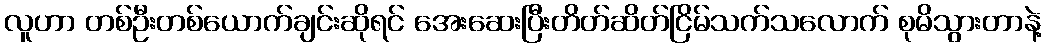
လူဟာ တစ်ဦးတစ်ယောက်ချင်းဆိုရင် အေးဆေးပြီးတိတ်ဆိတ်ငြိမ်သက်သလောက် စုမိသွားတာနဲ့